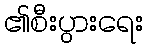
၏စီးပွားရေး